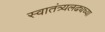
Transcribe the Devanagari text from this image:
स्वातंत्र्यलढ्यच्या